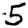
Digit: 5